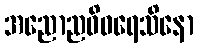
အညောညဝိဝရေသိနော